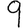
Digit: 9